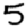
Digit: 5